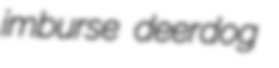
imburse deerdog